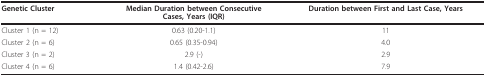
<table><thead><tr><td><b>Genetic Cluster</b></td><td><b>Median Duration between ConsecutiveCases, Years (IQR)</b></td><td><b>Duration between First and Last Case, Years</b></td></tr></thead><tbody><tr><td>Cluster 1 (n = 12)</td><td>0.63 (0.20-1.1)</td><td>11</td></tr><tr><td>Cluster 2 (n = 6)</td><td>0.65 (0.35-0.94)</td><td>4.0</td></tr><tr><td>Cluster 3 (n = 2)</td><td>2.9 (-)</td><td>2.9</td></tr><tr><td>Cluster 4 (n = 6)</td><td>1.4 (0.42-2.6)</td><td>7.9</td></tr></tbody></table>